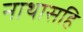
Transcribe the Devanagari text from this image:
नाथासहि